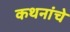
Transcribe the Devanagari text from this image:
कथनांचे